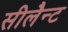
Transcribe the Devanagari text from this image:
सीलैन्ट